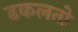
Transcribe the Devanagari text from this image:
ढकलतो